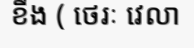
ខឹង ( ថេរៈ វេលា